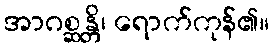
အာဂစ္ဆန္တိ၊ ရောက်ကုန်၏။